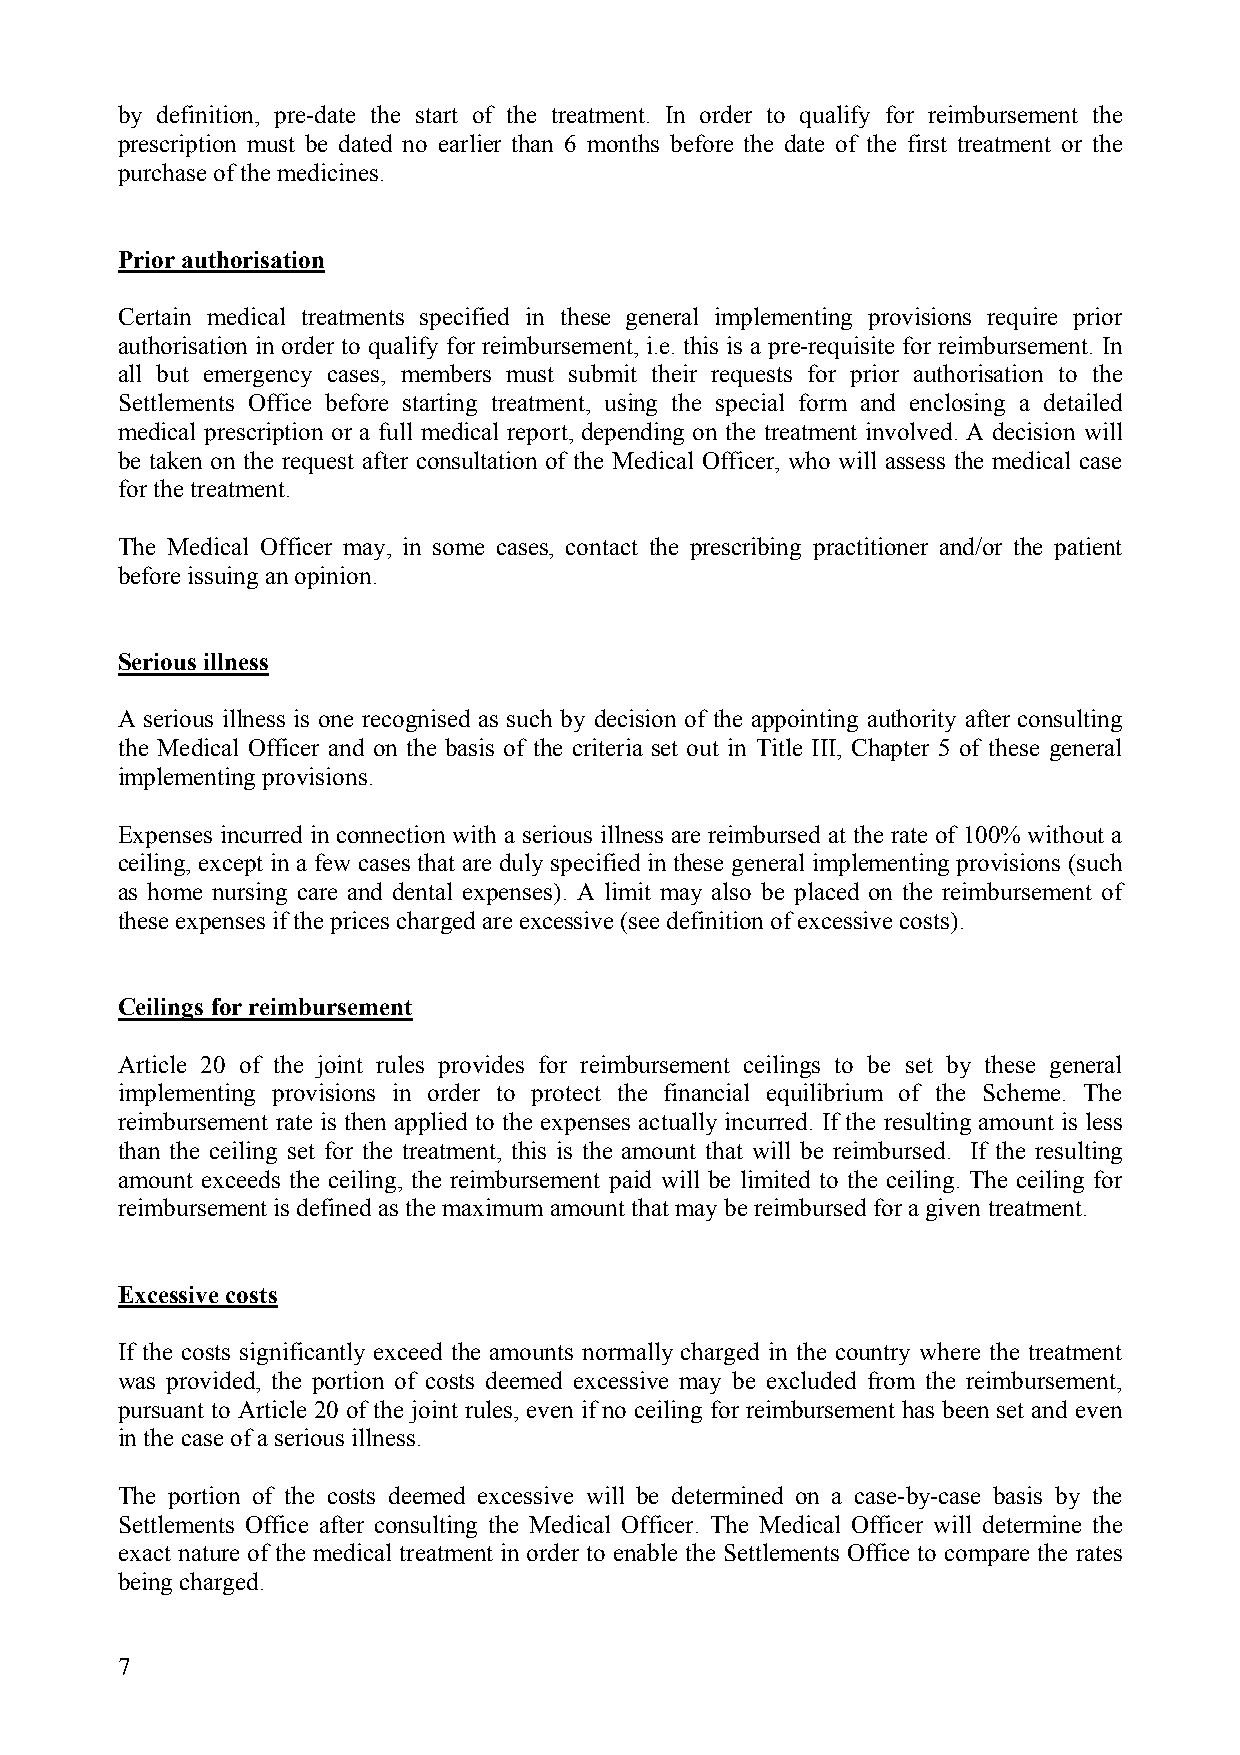
by definition, pre-date the start of the treatment. In order to qualify for reimbursement the
 prescription must be dated no earlier than 6 months before the date of the first treatment or the
 purchase of the medicines.
 Prior authorisation
 Certain medical treatments specified in these general implementing provisions require prior
 authorisation in order to qualify for reimbursement, i.e. this is a pre-requisite for reimbursement. In
 all but emergency cases, members must submit their requests for prior authorisation to the
 Settlements Office before starting treatment, using the special form and enclosing a detailed
 medical prescription or a full medical report, depending on the treatment involved. A decision will
 be taken on the request after consultation of the Medical Officer, who will assess the medical case
 for the treatment.
 The Medical Officer may, in some cases, contact the prescribing practitioner and/or the patient
 before issuing an opinion.
 Serious illness
 A serious illness is one recognised as such by decision of the appointing authority after consulting
 the Medical Officer and on the basis of the criteria set out in Title III, Chapter 5 of these general
 implementing provisions.
 Expenses incurred in connection with a serious illness are reimbursed at the rate of 100% without a
 ceiling, except in a few cases that are duly specified in these general implementing provisions (such
 as home nursing care and dental expenses). A limit may also be placed on the reimbursement of
 these expenses if the prices charged are excessive (see definition of excessive costs).
 Ceilings for reimbursement
 Article 20 of the joint rules provides for reimbursement ceilings to be set by these general
 implementing provisions in order to protect the financial equilibrium of the Scheme. The
 reimbursement rate is then applied to the expenses actually incurred. If the resulting amount is less
 than the ceiling set for the treatment, this is the amount that will be reimbursed. If the resulting
 amount exceeds the ceiling, the reimbursement paid will be limited to the ceiling. The ceiling for
 reimbursement is defined as the maximum amount that may be reimbursed for a given treatment.
 Excessive costs
 If the costs significantly exceed the amounts normally charged in the country where the treatment
 was provided, the portion of costs deemed excessive may be excluded from the reimbursement,
 pursuant to Article 20 of the joint rules, even if no ceiling for reimbursement has been set and even
 in the case of a serious illness.
 The portion of the costs deemed excessive will be determined on a case-by-case basis by the
 Settlements Office after consulting the Medical Officer. The Medical Officer will determine the
 exact nature of the medical treatment in order to enable the Settlements Office to compare the rates
 being charged.
 7